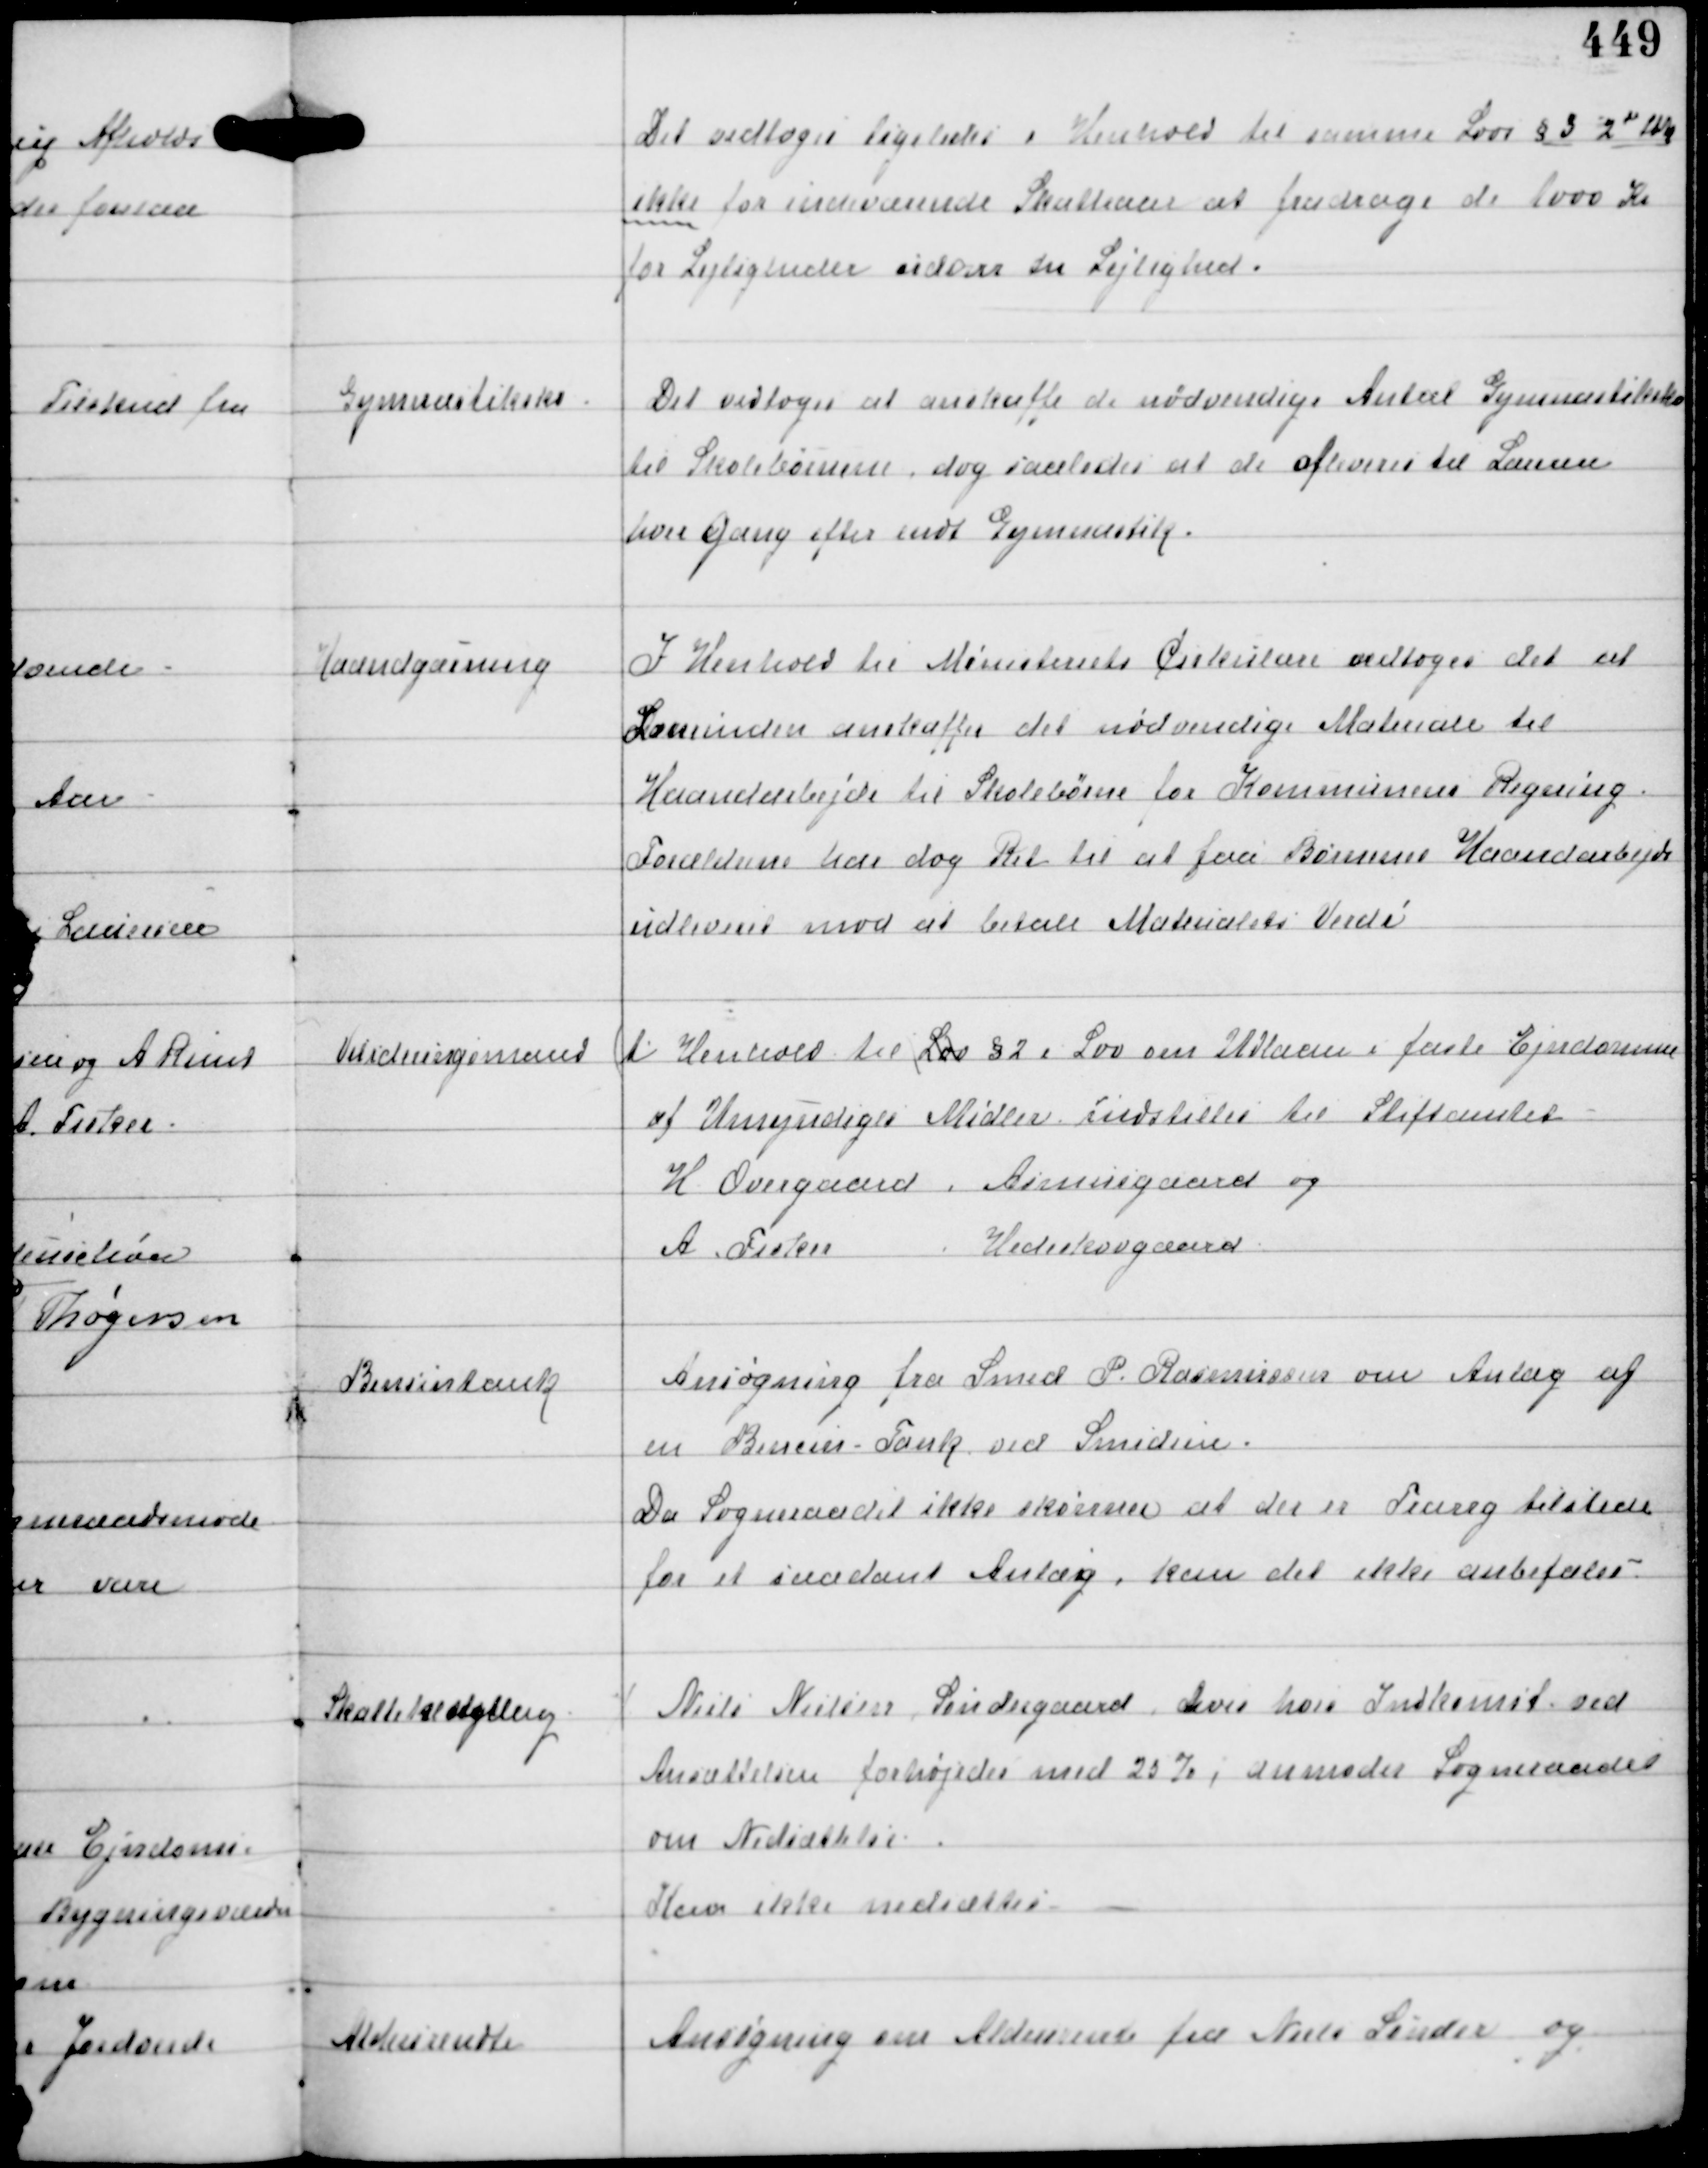
Transskription:
Det vedtoges ligeledes i Henhold til samme Lovs §3 2de Stk
ikke for indeværende Skatteaar at fradrage de 1000 Kr
for Lejligheder udover en Lejlighed.

Gymnastiksko

Det vedtoges at anskaffe de nødvendige Antal Gymnastiksko
til Skolebørnene dog saaledes at de afleveres til Læreren
hver Gang efter endt Gymnastik.

Haandgærning

I Henhold til Ministeriets Cirkulære vedtoges det at
Lærerinden anskaffer det nødvendige Materiale til
Haandarbejde til Skolebørn for Kommunens Regning
Forældrene har dog Ret til at faa Børnenes Haandarbejde
udleveret mod at betale Materialets Verdi

Vurderingsmand

I Henhold til Lov §2 i Lov om Udlaan i faste Ejendomme
af Umyndiges Midler indstilles til Stiftamtet
H Overgaard Asmusgaard og
A Fisker Hedeskovgaard

Benzintank

Ansøgning fra Smed P. Rasmussen om Anlæg af
en Benzin - Tank ved Smedien.
Da Sogneraadet ikke skønner at der er Trang tilstede
for et saadant Anlæg, kan det ikke anbefales

Skattebestilling

⁒ Niels Nielsen Søndergaard hvis hans Indkomst ved
Ansættelsen forhøjedes med 23%, anmoder Sogneraadet
om Nedsættelse.
Kan ikke nedsættes.

Aldersrendte

Ansøgning om Aldersrente fra Niels Sønder og